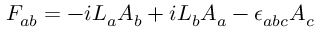
F _ { a b } = - i L _ { a } A _ { b } + i L _ { b } A _ { a } - \epsilon _ { a b c } A _ { c }